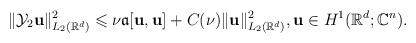
LaTeX: \begin{align*}\Vert \mathcal{Y}_2\mathbf{u}\Vert ^2 _{L_2(\mathbb{R}^d)}\leqslant \nu \mathfrak{a}[\mathbf{u},\mathbf{u}]+C(\nu)\Vert \mathbf{u}\Vert ^2_{L_2(\mathbb{R}^d)},\mathbf{u}\in H^1(\mathbb{R}^d;\mathbb{C}^n).\end{align*}